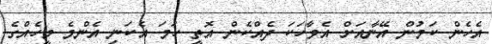
އެހެން ކަމުން އޭނާއަށް އެވާހަކަ ދެއްކެން އޮތީ ހަމަ އެކަނި އެންމެ މީހެއްގެ